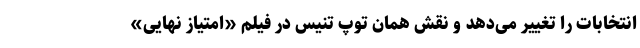
انتخابات را تغییر می‌دهد و نقش همان توپ تنیس در فیلم «امتیاز نهایی»